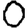
Digit: 0